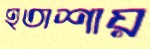
হতাশায়